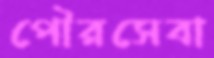
পৌরসেবা